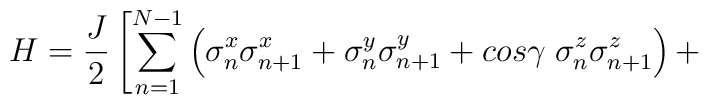
H = \frac{J}{2} \left[\sum^{N-1}_{n=1}\left(\sigma_n^x\sigma^x_{n+1}+ \sigma_n^y\sigma_{n+1}^y + cos \gamma \;\sigma_n^z\sigma_{n+1}^z\right) + \right.